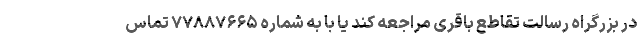
در بزرگراه رسالت تقاطع باقری مراجعه کند یا با به شماره ۷۷۸۸۷۶۶۵ تماس